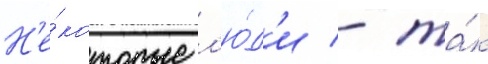
Н'е́которые л'ю́д'и - та́к